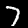
Digit: 7